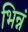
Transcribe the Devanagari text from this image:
भिन्नं